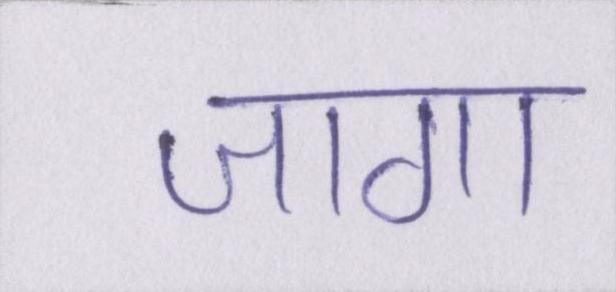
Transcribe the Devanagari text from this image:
जागा